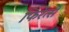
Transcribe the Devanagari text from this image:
फिरेंत्से